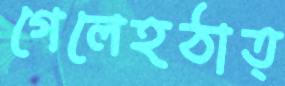
গেলেহঠাত্